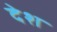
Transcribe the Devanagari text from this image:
देेश